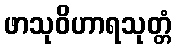
ဖာသုဝိဟာရသုတ္တံ